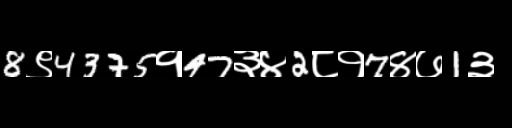
Text: 8९4375१47३४2८१7४७1३